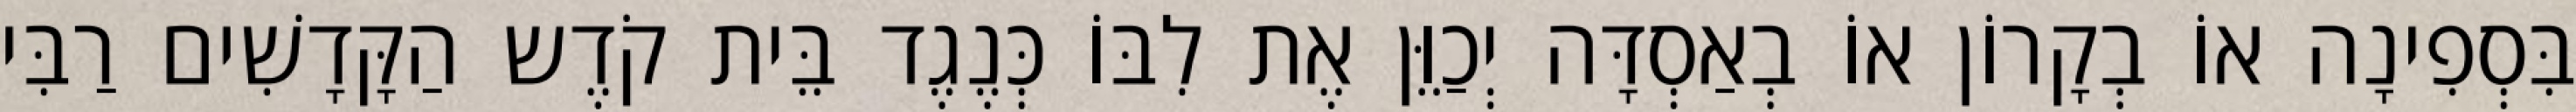
בִּסְפִינָה אוֹ בְקָרוֹן אוֹ בְאַסְדָּה יְכַוֵּן אֶת לִבּוֹ כְּנֶגֶד בֵּית קֹדֶש הַקָּדָשִׁים רַבִּי